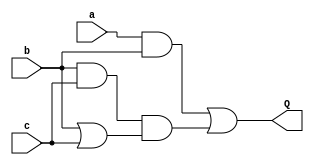
module dependence_2 (
    input a, b, c,
    output Q 
);

  assign Q = a & b | ((b & c) & (b | c));

endmodule